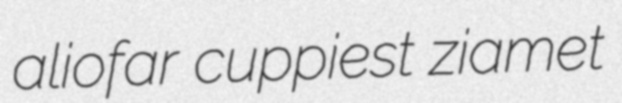
aliofar cuppiest ziamet